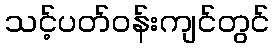
သင့်ပတ်ဝန်းကျင်တွင်